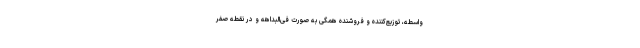
واسطه، توزیع‌کننده و فروشنده همگی به صورت فی‌البداهه و در نقطه صفر